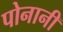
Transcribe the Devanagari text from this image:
पोनानी